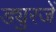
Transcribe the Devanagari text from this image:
ड्युरजें